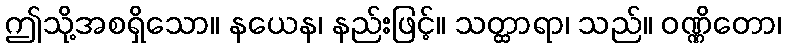
ဤသို့အစရှိသော။ နယေန၊ နည်းဖြင့်။ သတ္ထာရာ၊ သည်။ ဝဏ္ဏိတော၊